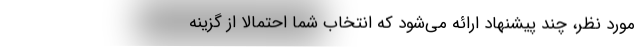
مورد نظر،‌ چند پیشنهاد ارائه می‌شود که انتخاب شما احتمالا از گزینه